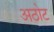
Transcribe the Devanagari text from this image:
अठोट